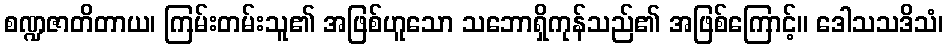
စဏ္ဍဇာတိတာယ၊ ကြမ်းတမ်းသူ၏ အဖြစ်ဟူသော သဘောရှိကုန်သည်၏ အဖြစ်ကြောင့်။ ဒေါသသဒိသံ၊